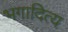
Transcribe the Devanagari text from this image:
भगादित्य